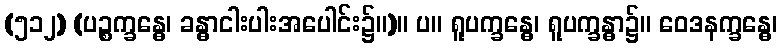
(၅၁၂) (ပဉ္စက္ခန္ဓေ၊ ခန္ဓာငါးပါးအပေါင်း၌။)။ ပ။ ရူပက္ခန္ဓေ၊ ရူပက္ခန္ဓာ၌။ ဝေဒနက္ခန္ဓေ၊